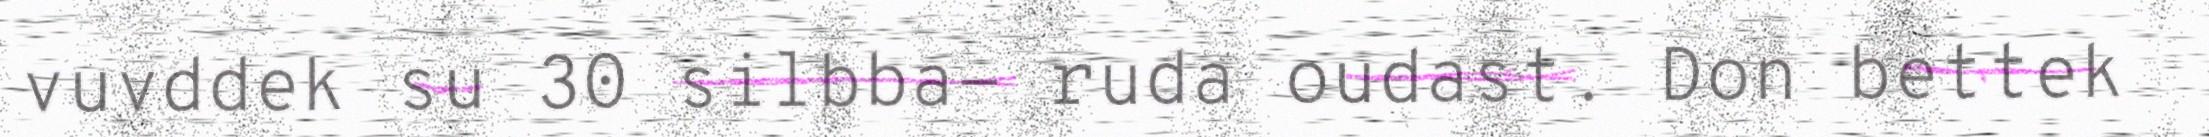
vuvddek su 30 silbba- ruda oudast. Don bettek